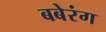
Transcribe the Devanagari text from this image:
बबेरंग